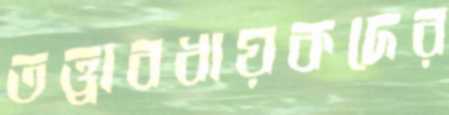
তত্ত্বাবধায়কদের